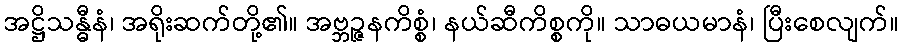
အဋ္ဌိသန္ဓီနံ၊ အရိုးဆက်တို့၏။ အဗ္ဘဉ္ဇနကိစ္စံ၊ နယ်ဆီကိစ္စကို။ သာဓယမာနံ၊ ပြီးစေလျက်။